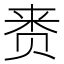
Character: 赉